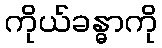
ကိုယ်ခန္ဓာကို